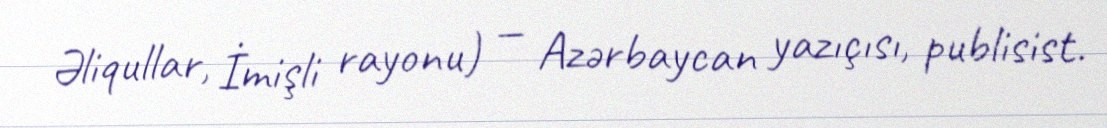
Əliqullar, İmişli rayonu) — Azərbaycan yazıçısı, publisist.